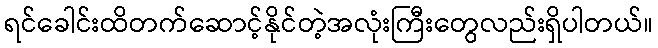
ရင်ခေါင်းထိတက်ဆောင့်နိုင်တဲ့အလုံးကြီးတွေလည်းရှိပါတယ်။